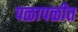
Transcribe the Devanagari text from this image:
पळापळीत